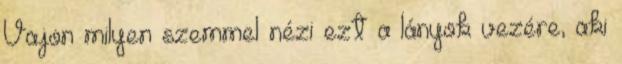
Vajon milyen szemmel nézi ezt a lányok vezére, aki